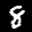
Label: 8